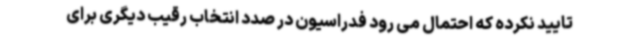
تایید نکرده که احتمال می رود فدراسیون در صدد انتخاب رقیب دیگری برای